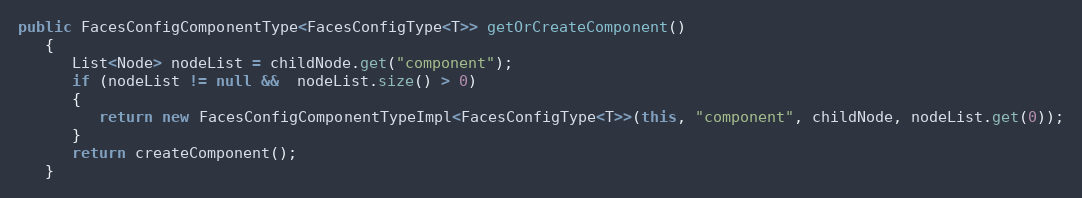
Language: Java
public FacesConfigComponentType<FacesConfigType<T>> getOrCreateComponent()
   {
      List<Node> nodeList = childNode.get("component");
      if (nodeList != null &&  nodeList.size() > 0)
      {
         return new FacesConfigComponentTypeImpl<FacesConfigType<T>>(this, "component", childNode, nodeList.get(0));
      }
      return createComponent();
   }